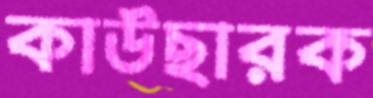
কাউছারক